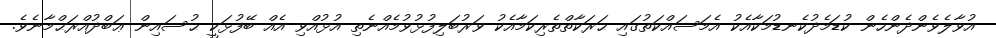
އުވާލެވެންދެންހެން ކުޑަމެދުކެނޑުމަކާއެކު އެމަސައްކަތުގައި ޙަރަކާތްތެރިކަމާއެކު ވަރުބަލިފުޅުވުމެއްނެތި އުޅުއްވި އެއް ބޭފުޅަކީ ޙުސައިން ޢަބްދުއްރަޙްމާނެވެ.